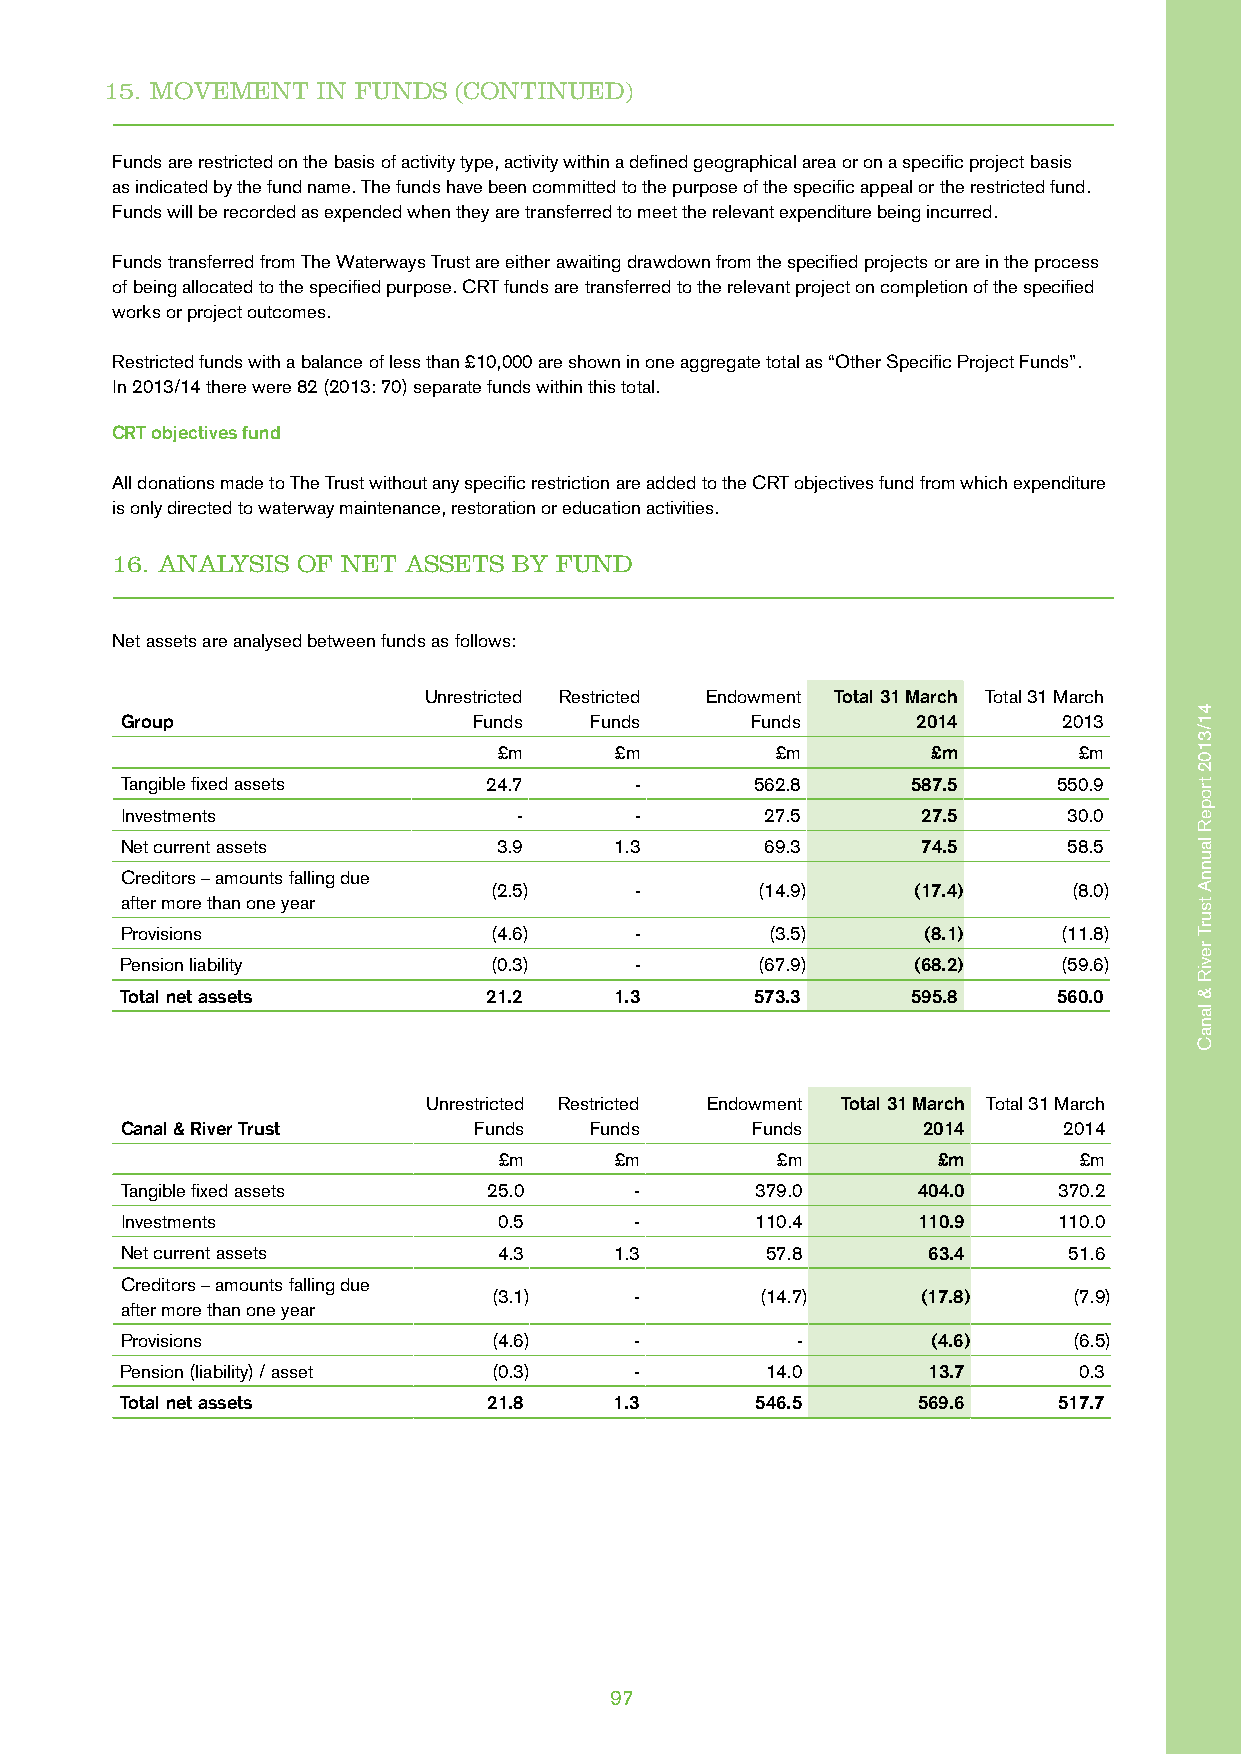
15. MOVEMENT  IN FUNDS (CONTINUED)
 Funds are restricted on the basis of activity type, activity within a defined geographical area or on a specific project basis
 as indicated by the fund name. The funds have been committed to the purpose of the specific appeal or the restricted fund.
 Funds will be recorded as expended when they are transferred to meet the relevant expenditure being incurred.
 Funds transferred from The Waterways Trust are either awaiting drawdown from the specified projects or are in the process
 of being allocated to the specified purpose. CRT funds are transferred to the relevant project on completion of the specified
 works or project outcomes.
 Restricted funds with a balance of less than £10,000 are shown in one aggregate total as “Other Specific Project Funds”.
 In 2013/14 there were 82 (2013: 70) separate funds within this total.
 CRT objectives fund
 All donations made to The Trust without any specific restriction are added to the CRT objectives fund from which expenditure
 is only directed to waterway maintenance, restoration or education activities.
 16. ANALYSIS OF NET ASSETS BY FUND
 Net assets are analysed between funds as follows:
 Unrestricted Restricted Endowment Total 31 March Total 31 March
 Group                  Funds   Funds      Funds      2014     2013
 £m      £m        £m         £m       £m
 Tangible fixed assets   24.7      -       562.8     587.5     550.9
 Investments               -       -        27.5      27.5      30.0
 Net current assets       3.9     1.3       69.3      74.5      58.5
 Creditors – amounts falling due
 (2.5)     -       (14.9)    (17.4)     (8.0)
 after more than one year
 Provisions              (4.6)     -        (3.5)     (8.1)    (11.8)
 Pension liability       (0.3)     -       (67.9)    (68.2)    (59.6)
 Total net assets        21.2     1.3      573.3     595.8     560.0
 Unrestricted Restricted Endowment Total 31 March Total 31 March
 Canal & River Trust    Funds   Funds      Funds      2014     2014
 £m      £m        £m         £m       £m
 Tangible fixed assets   25.0      -       379.0      404.0    370.2
 Investments              0.5      -       110.4      110.9    110.0
 Net current assets       4.3     1.3       57.8      63.4      51.6
 Creditors – amounts falling due
 (3.1)    -       (14.7)     (17.8)    (7.9)
 after more than one year
 Provisions               (4.6)    -          -        (4.6)    (6.5)
 Pension (liability) / asset (0.3) -        14.0      13.7      0.3
 Total net assets        21.8     1.3      546.5      569.6    517.7
 97
 41/3102
 tropeR
 launnA
 tsurT
 reviR
 &
 lanaC
 41/3102
 tropeR
 launnA
 tsurT
 reviR
 &
 lanaC